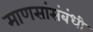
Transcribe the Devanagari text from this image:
माणसांसंबंधी